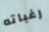
رغباته